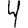
Digit: 4